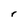
Character: r